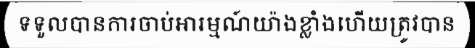
ទទួលបានការចាប់អារម្មណ៍យ៉ាងខ្លាំងហើយត្រូវបាន